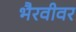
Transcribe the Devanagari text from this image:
भैरवीवर